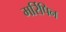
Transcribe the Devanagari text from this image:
मर्रिपिन